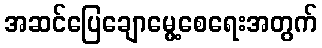
အဆင်ပြေချောမွေ့စေရေးအတွက်